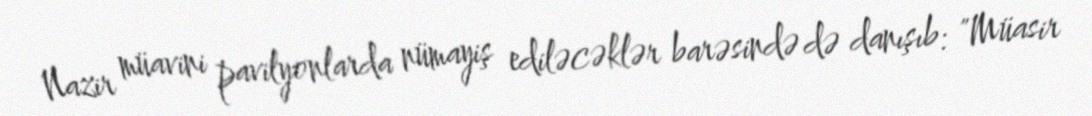
Nazir müavini pavilyonlarda nümayiş ediləcəklər barəsində də danışıb: "Müasir